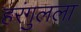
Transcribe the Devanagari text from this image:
हरंगुलला